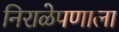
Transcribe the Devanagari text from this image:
निराळेपणाला